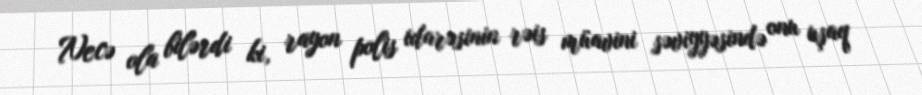
Necə ola bilərdi ki, rayon polis idarəsinin rəis müavini səviyyəsində onu uşaq